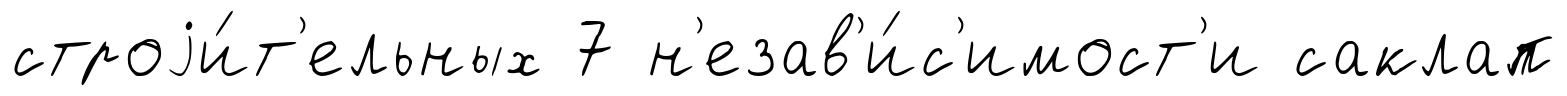
строjи́т'ельных 7 н'езав'и́с'имост'и саклап